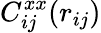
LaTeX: C_{ij}^{xx}(r_{ij})